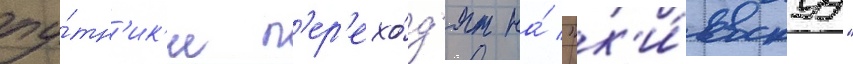
пу́тн'ик'и п'ер'ехо́д'ят на́ "к'и́евскуу"